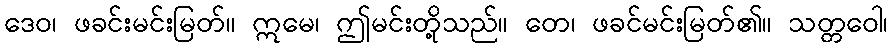
ဒေဝ၊ ဖခင်းမင်းမြတ်။ ဣမေ၊ ဤမင်းတို့သည်။ တေ၊ ဖခင်မင်းမြတ်၏။ သတ္တဝေါ၊